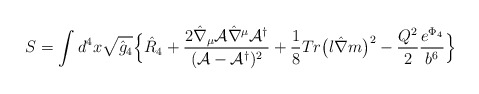
\begin{align*}S = \int d^4x \sqrt{\hat g_4} \Bigl\{ \hat R_4+ \frac{2 \hat \nabla_{\mu} {\cal A} \hat \nabla^{\mu} {\cal A}^{\dagger}}{({\cal A} - {\cal A}^{\dagger})^2}+ \frac{1}{8} Tr \bigl(l \hat \nabla m\bigr)^2- \frac{Q^2}{2} \frac{e^{\Phi_4}}{b^6} \Bigr\}\end{align*}